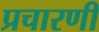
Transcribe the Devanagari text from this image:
प्रचारणी